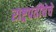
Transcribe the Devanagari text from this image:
राष्ट्रपतींचेचे